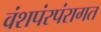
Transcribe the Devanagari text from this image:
वंशपंरपंरागत